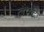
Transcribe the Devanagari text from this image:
लैमेंट